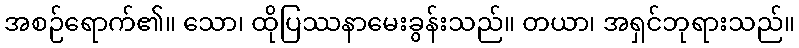
အစဉ်ရောက်၏။ သော၊ ထိုပြဿနာမေးခွန်းသည်။ တယာ၊ အရှင်ဘုရားသည်။